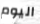
اليوم